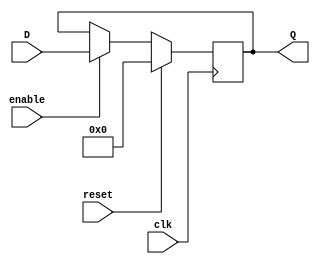
module ProgramCounter (Q,D,clk,reset,enable);
input clk,reset,enable ;
input  [31:0] D;
output [31:0] Q;
reg [31:0]Q;
   always @(posedge clk)
    begin
      #2;
      if (reset == 1)
        Q=32'b0;
      else if(enable == 1)
        Q=D;
    end

endmodule 
//////////////////////////////////////////////////////


module IFID (Q, D, clk, reset, enable);
input clk, reset, enable;
input [63:0] D;
output [63:0] Q;
reg [63:0]Q;
   always @(posedge clk)
    begin
      #2;
      if (reset == 1)
        Q=63'b0;
      else if(enable == 1)
        Q=D;
    end


endmodule
//////////////////////////////////////////////////////

module IDEX (Q, D, clk, reset, enable);
input clk, reset, enable;
input [153:0] D;
output [153:0] Q;
reg [153:0]Q;
   always @(posedge clk)
    begin
      #2;
      if (reset == 1)
        Q=153'b0;
      else if(enable == 1)
        Q=D;
    end


endmodule
//////////////////////////////////////////////////////

module EXMEM (Q, D, clk, reset, enable);
input clk, reset, enable;
input [105:0] D;
output [105:0] Q;
reg [105:0]Q;
   always @(posedge clk)
    begin
      #2;
      if (reset == 1)
        Q=105'b0;
      else if(enable == 1)
        Q=D;
    end

endmodule
//////////////////////////////////////////////////////

module MEMWB (Q, D, clk, reset, enable);
input clk, reset, enable;
input [103:0] D;
output [103:0] Q;
reg [103:0]Q;
   always @(posedge clk)
    begin
      #2;
      if (reset == 1)
        Q=103'b0;
      else if(enable == 1)
        Q=D;
    end


endmodule